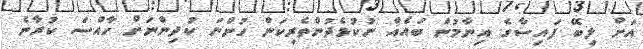
އަށް ލިބޭ ފައިސާގެ އިނާމުން ބައެއް ނުކުޅެދުންތެރިކަން ހުންނަ ކުދިންނަށް ހާއްސަ ކުރާނެ